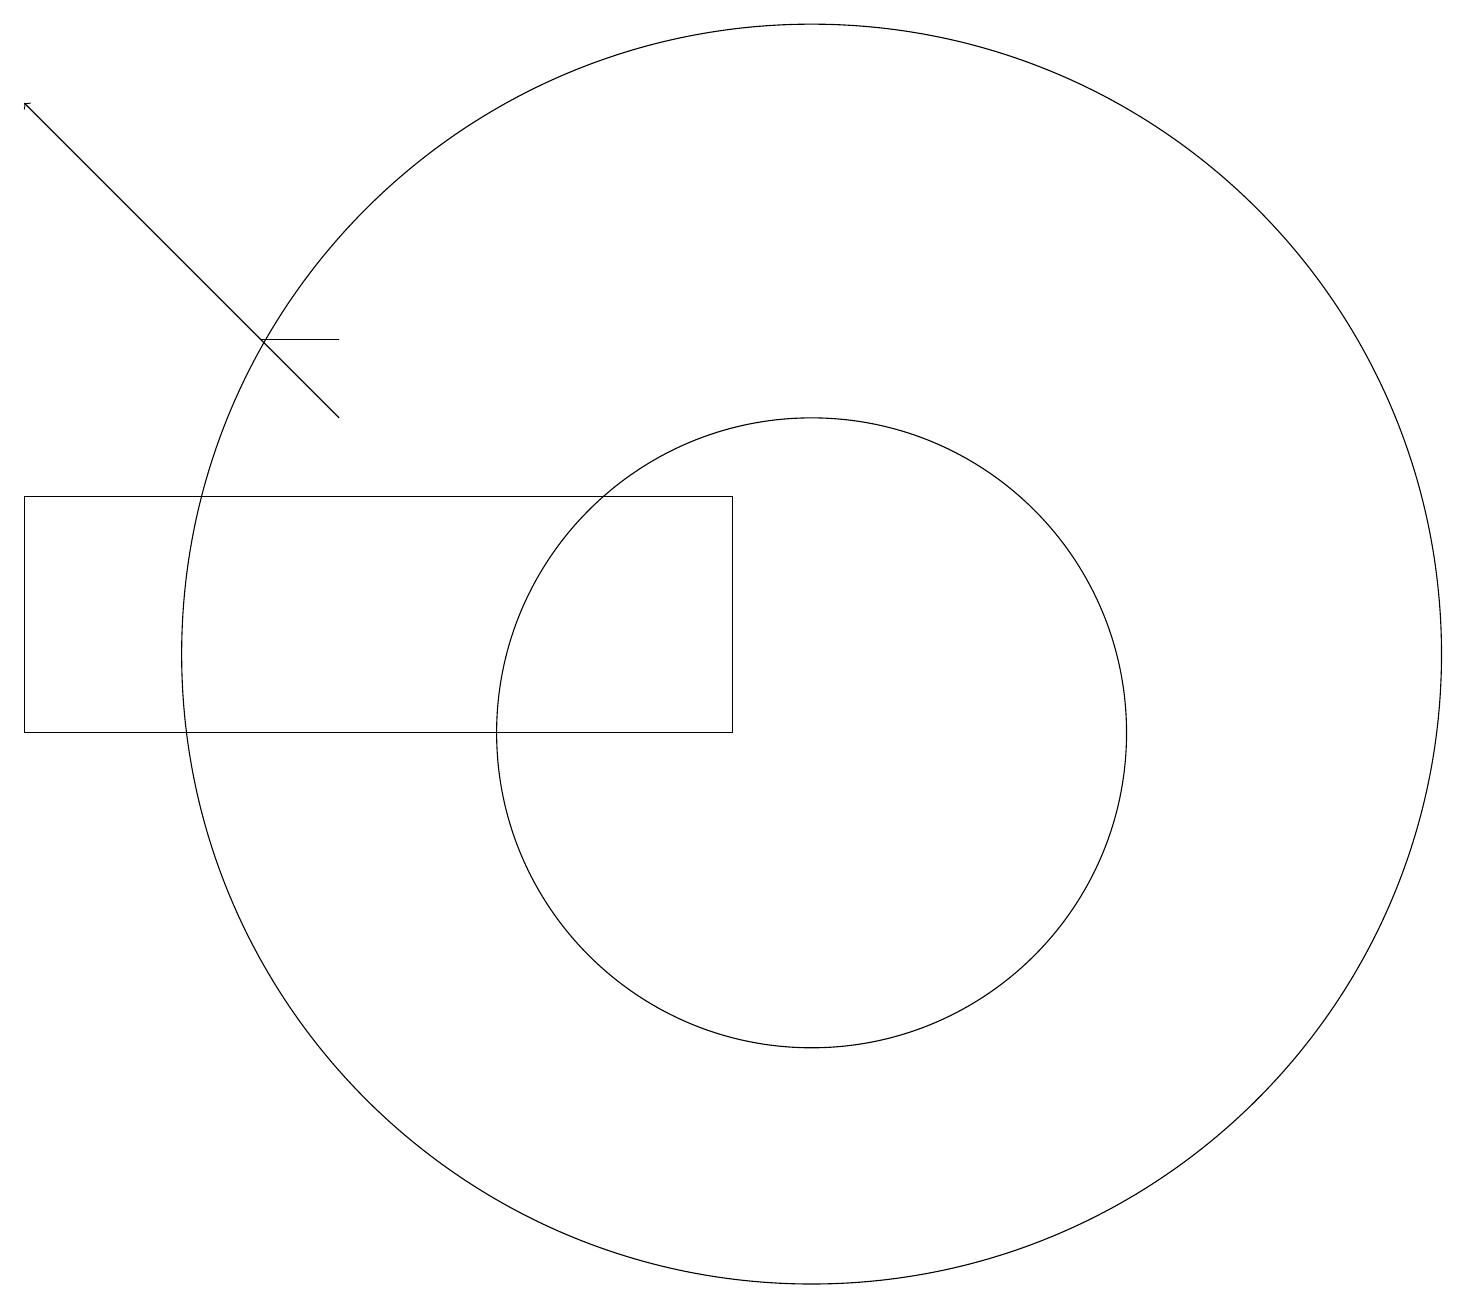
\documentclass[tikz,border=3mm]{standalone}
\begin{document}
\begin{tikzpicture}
\draw[->] (4,14) -- (0,18);
\draw (3,15) rectangle (4,15);
\draw (10,10) circle (4);
\draw (10,11) circle (8);
\draw (9,13) rectangle (0,10);
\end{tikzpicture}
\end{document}